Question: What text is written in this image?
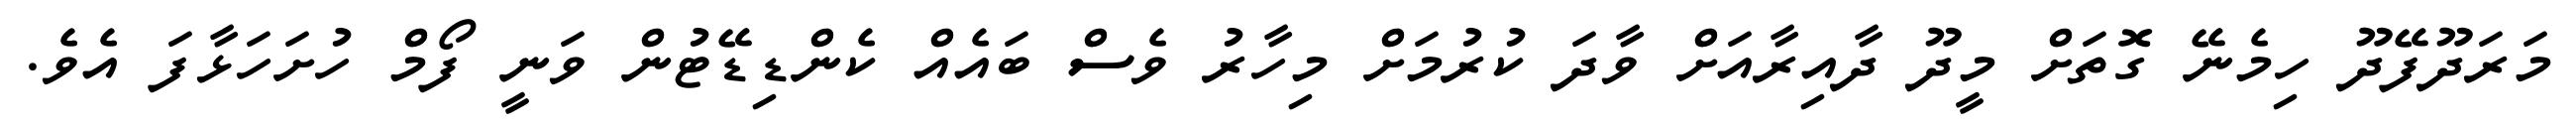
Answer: މަރަދޫފޭދޫ ހިމެނޭ ގޮތަށް މީދޫ ދާއިރާއަށް ވާދަ ކުރުމަށް މިހާރު ވެސް ބައެއް ކެންޑިޑޭޓުން ވަނީ ފޯމް ހުށަހަޅާފަ އެވެ.